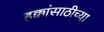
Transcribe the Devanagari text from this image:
हक्कांसाठीच्या